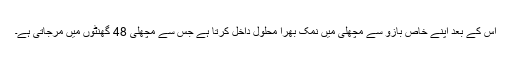
اس کے بعد اپنے خاص بازو سے مچھلی میں نمک بھرا محلول داخل کرتا ہے جس سے مچھلی 48 گھنٹوں میں مرجاتی ہے۔